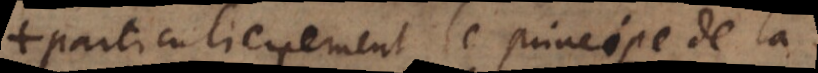
particulierement le principe de la